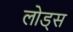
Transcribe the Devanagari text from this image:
लोड्स